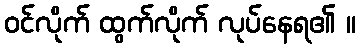
ဝင်လိုက် ထွက်လိုက် လုပ်နေရ၏ ။